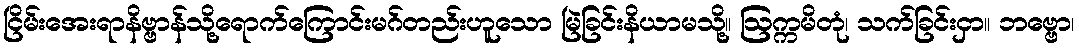
ငြိမ်းအေးရာနိဗ္ဗာန်သို့ရောက်ကြောင်းမဂ်တည်းဟူသော မြဲခြင်းနိယာမသို့။ ဩက္ကမိတုံ၊ သက်ခြင်းငှာ။ ဘဗ္ဗော၊